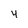
Character: 4